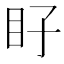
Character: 𭾝